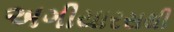
અગીયારસથી